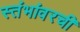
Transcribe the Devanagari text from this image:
स्तंभांवरची